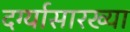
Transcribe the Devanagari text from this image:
दर्ग्यासारख्या